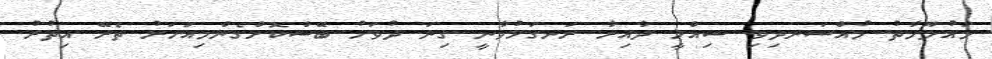
މައުލޫމާތު މުއްސަނދިވި ސިއްހީ ދާއިރާ ރަނގަޅުވާނީ ގިނަ ދުވަހު ބޭސްކޮށްގެންމިއަހަރު ތެރޭ އިތުރު